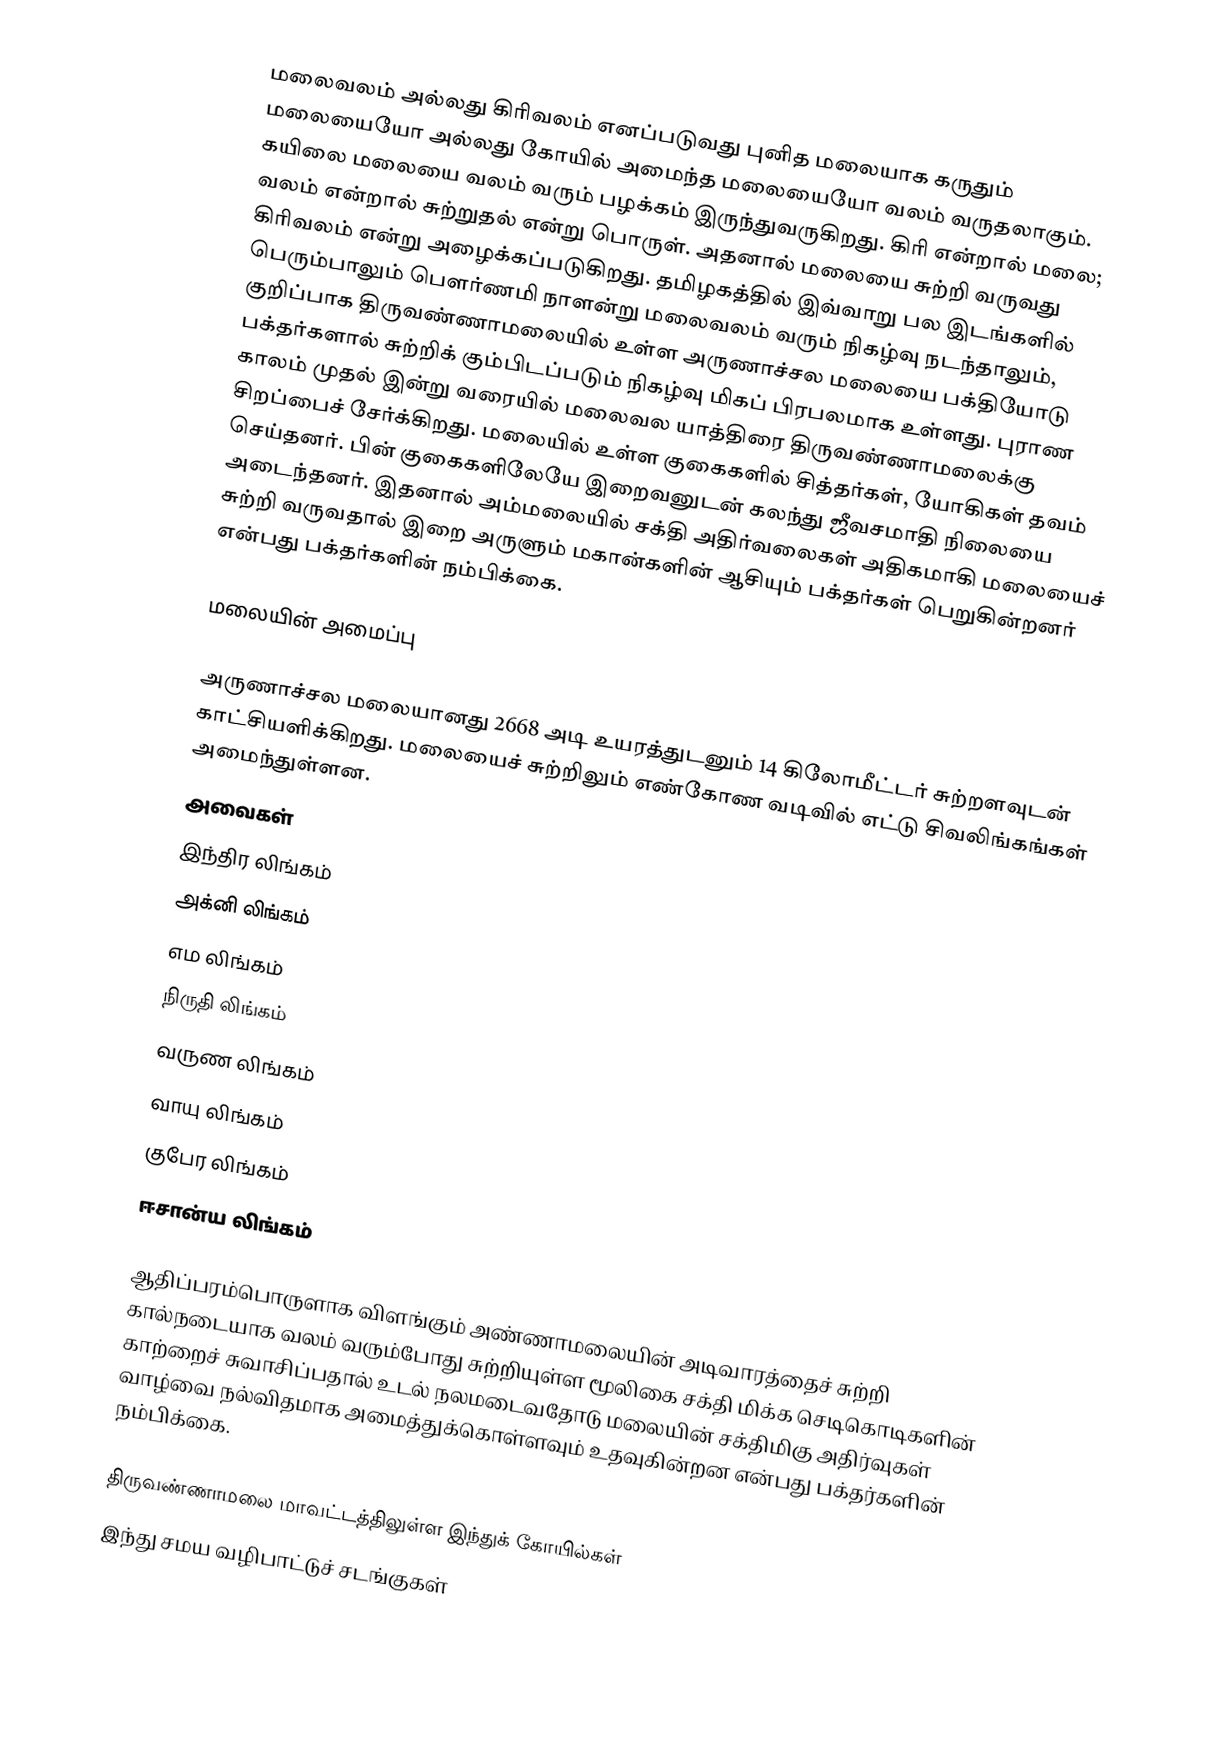
மலைவலம் அல்லது கிரிவலம் எனப்படுவது புனித மலையாக கருதும் மலையையோ அல்லது கோயில் அமைந்த மலையையோ வலம் வருதலாகும். கயிலை மலையை வலம் வரும் பழக்கம் இருந்துவருகிறது. கிரி என்றால் மலை; வலம் என்றால் சுற்றுதல் என்று பொருள். அதனால் மலையை சுற்றி வருவது கிரிவலம் என்று அழைக்கப்படுகிறது. தமிழகத்தில் இவ்வாறு பல இடங்களில் பெரும்பாலும் பௌர்ணமி நாளன்று மலைவலம் வரும் நிகழ்வு நடந்தாலும், குறிப்பாக திருவண்ணாமலையில் உள்ள அருணாச்சல மலையை பக்தியோடு பக்தர்களால் சுற்றிக் கும்பிடப்படும் நிகழ்வு மிகப் பிரபலமாக உள்ளது. புராண காலம் முதல் இன்று வரையில் மலைவல யாத்திரை திருவண்ணாமலைக்கு சிறப்பைச் சேர்க்கிறது. மலையில் உள்ள குகைகளில் சித்தர்கள், யோகிகள் தவம் செய்தனர். பின் குகைகளிலேயே இறைவனுடன் கலந்து ஜீவசமாதி நிலையை அடைந்தனர். இதனால் அம்மலையில் சக்தி அதிர்வலைகள் அதிகமாகி மலையைச் சுற்றி வருவதால் இறை அருளும் மகான்களின் ஆசியும் பக்தர்கள் பெறுகின்றனர் என்பது பக்தர்களின் நம்பிக்கை.

மலையின் அமைப்பு

அருணாச்சல மலையானது 2668 அடி உயரத்துடனும் 14 கிலோமீட்டர் சுற்றளவுடன் காட்சியளிக்கிறது. மலையைச் சுற்றிலும் எண்கோண வடிவில் எட்டு சிவலிங்கங்கள் அமைந்துள்ளன.
அவைகள்
 இந்திர லிங்கம்
 அக்னி லிங்கம்
 எம லிங்கம்
 நிருதி லிங்கம்
 வருண லிங்கம்
 வாயு லிங்கம்
 குபேர லிங்கம்
 ஈசான்ய லிங்கம்

ஆதிப்பரம்பொருளாக விளங்கும் அண்ணாமலையின் அடிவாரத்தைச் சுற்றி கால்நடையாக வலம் வரும்போது சுற்றியுள்ள மூலிகை சக்தி மிக்க செடிகொடிகளின் காற்றைச் சுவாசிப்பதால் உடல் நலமடைவதோடு மலையின் சக்திமிகு அதிர்வுகள் வாழ்வை நல்விதமாக அமைத்துக்கொள்ளவும் உதவுகின்றன என்பது பக்தர்களின் நம்பிக்கை.

திருவண்ணாமலை மாவட்டத்திலுள்ள இந்துக் கோயில்கள்
இந்து சமய வழிபாட்டுச் சடங்குகள்